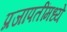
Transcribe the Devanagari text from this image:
प्रजापतींमध्ये